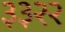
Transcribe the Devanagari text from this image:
३३२२